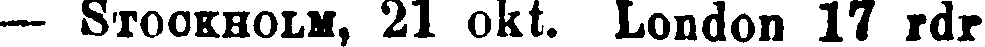
— STOCKHOLM, 21 okt. London 17 rdr